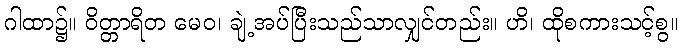
ဂါထာ၌။ ဝိတ္တာရိတ မေဝ၊ ချဲ့အပ်ပြီးသည်သာလျှင်တည်း။ ဟိ၊ ထိုစကားသင့်စွ။